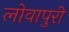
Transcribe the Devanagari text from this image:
लोवापुरी